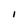
Character: I